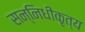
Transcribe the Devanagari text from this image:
सन्निधीकृत्य